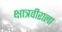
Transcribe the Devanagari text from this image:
क्षात्रवीराला